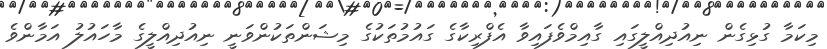
މިކަމާ ގުޅިގެން ނިއުދިއްލީގައި ގާއިމްވެފައިވާ އެފްރިކާގެ ގައުމުތަކުގެ މިޝަންތަކުންވަނީ ނިއުދިއްލީގެ މާހައުލު އަމާންވެ